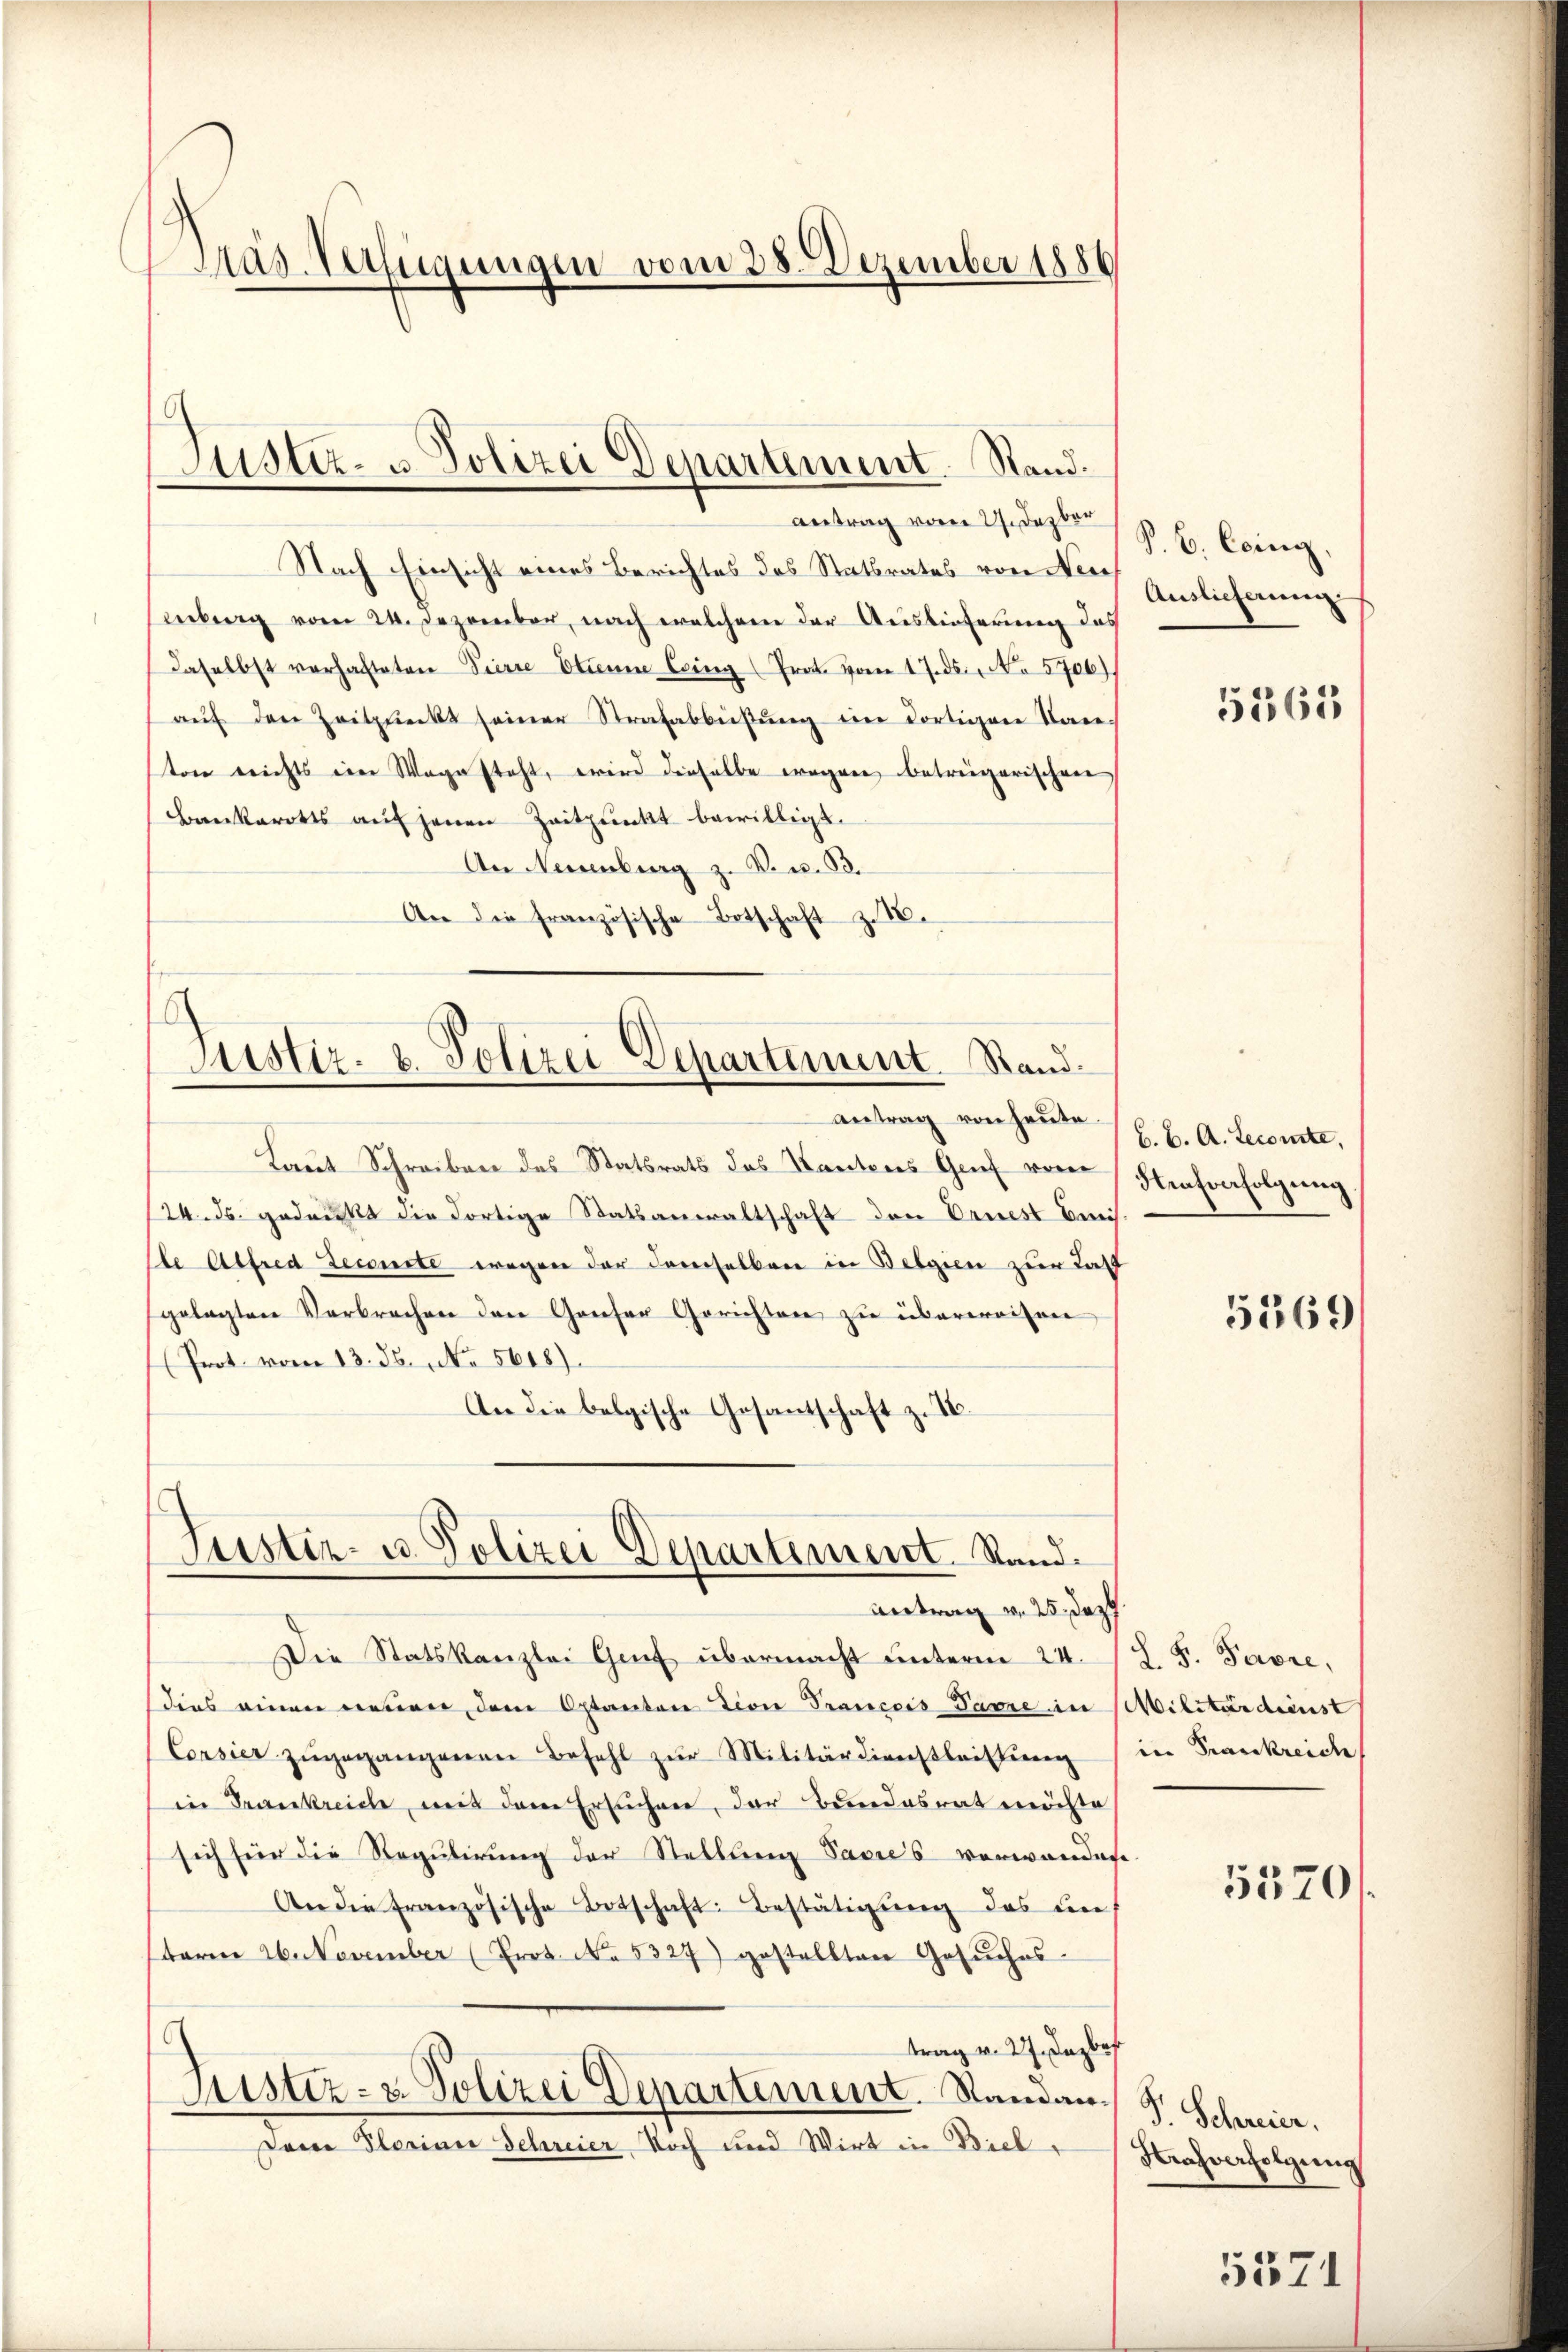
Mus-Verfügungen vom 28. Dezember 1886

Nach Einsicht eines Berichtes des Statbrates von Neue
inberg vom 24. Dezember, nach welchem der Auslieferung das
daselbst verhafteten Vierte Etienne Eing (Trat. vom 17. ds. No 5706)
aŭf den Zeitpunckt seiner Strafabbüβŭng im dortigen Tage
ton reichts ein Wegesteht, wird dieselbe wegen betrügerischen
Bankarotts auf jenen Zeitpunkt bewilligt.
An Neuenburg z. B. u. 83.
An die französische Botschaft z. 18.

Justiz- u. Polizei Departement. Stand.
Antrag vom 27. Dezbr

Justiz- u. Polizei Departement. Stand.

Laŭt Schreiben des Statsrats des Kantons Genf von Strafverfolgung
124. ds. gedrukt die dortige Statsanwaltschaft den Ernest beis
lte Alfred Leconste wegen der demselben in Belgien zur Latt
gelegten Verbrechen den Ganser Gerichten zŭ überweisen
(Prot vom 13. ds., No 5618).
An die belgische Gesantschaft z. B.

Justiz- u. Polizei Departement. Stand.
Antrag v. 25. Daz

Die Statskanzlei Genf übermacht unterm 24. 12. F. Favre,
dies einen neuen dem Optanton Lion Tranceis-Dame in Militärdienst
Consier zŭgegangenen Befehl zŭr Militärdienstleistung (in Frankreiche
in Frankreich, mit dem Ersuchen, der Bundesrat möchte
sich für die Regulirung der Stellung Sacre's verwandere.
An die Französische Botschaft: Bestätigung das in
term 26. November (Prot. No. 5327) gestellten Gesŭches-
trag v. 27. Dazber
Justiz- & Polizei Departement. Randau S. Schreier.
seine Glorian Schreier Noch und Wirt in Biel,

antrag von heute (l. M. A. Lecomte,

S. B. Coing
Auslieferung

5565

5569

5570

Krasverfolgung

5371